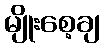
မျိုးစေ့ချ